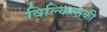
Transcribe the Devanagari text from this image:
विल्कित्सकी